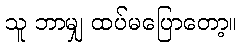
သူ ဘာမျှ ထပ်မပြောတော့။